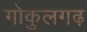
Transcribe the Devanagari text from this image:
गोकुलगढ़